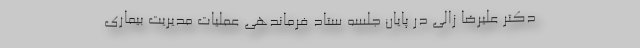
دکتر علیرضا زالی در پایان جلسه ستاد فرماندهی عملیات مدیریت بیماری